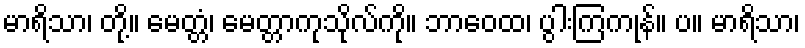
မာရိသာ၊ တို့။ မေတ္တံ၊ မေတ္တာကုသိုလ်ကို။ ဘာဝေထ၊ ပွါးကြကုန်။ ပ။ မာရိသာ၊